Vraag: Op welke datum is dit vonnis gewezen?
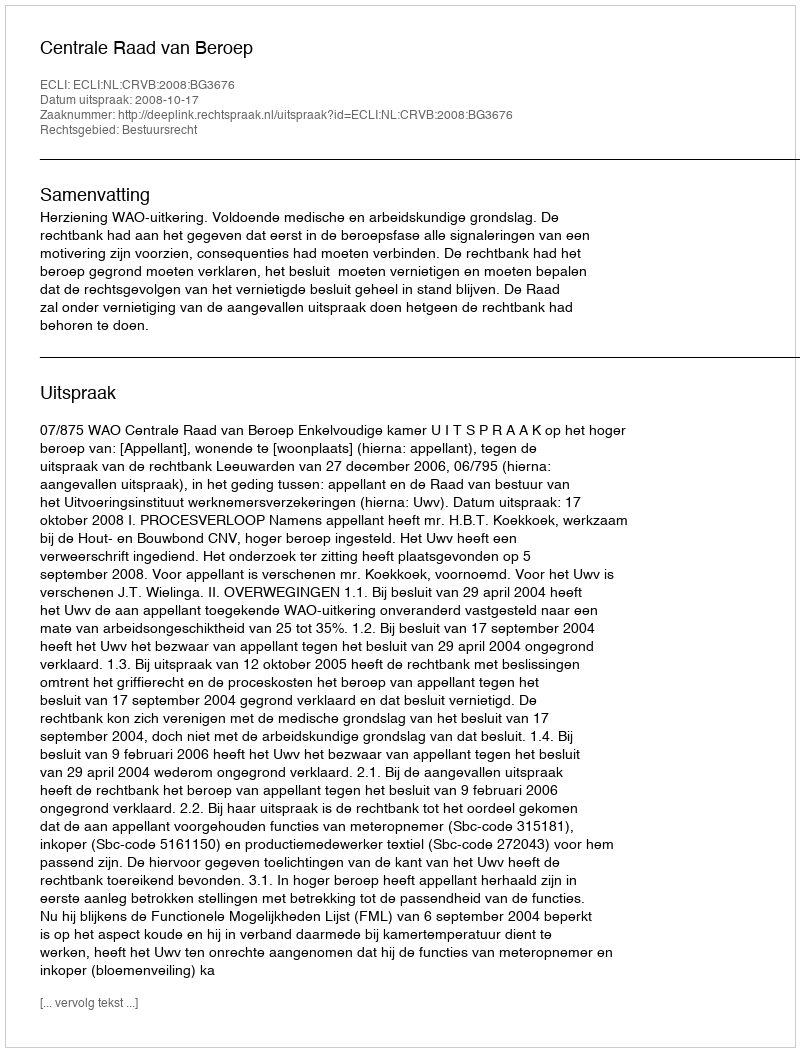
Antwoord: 2008-10-17